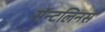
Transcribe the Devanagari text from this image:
सॅन्टलिनस